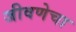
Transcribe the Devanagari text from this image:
जीवणेचा